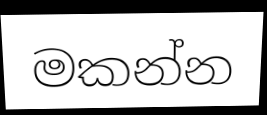
මකන්න